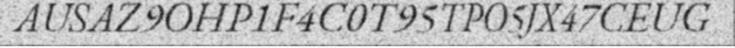
AUSAZ9OHP1F4C0T95TPO5JX47CEUG